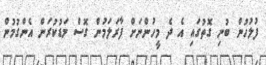
ފުލުހުން ބުނި ގޮތުގައި އެ ދެ މީހުންނަށް ފާރަލަމުން ގޮސް މަޑުކުރަން އެންގުމުން